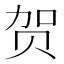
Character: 贺